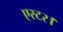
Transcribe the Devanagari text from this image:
एस्टर।